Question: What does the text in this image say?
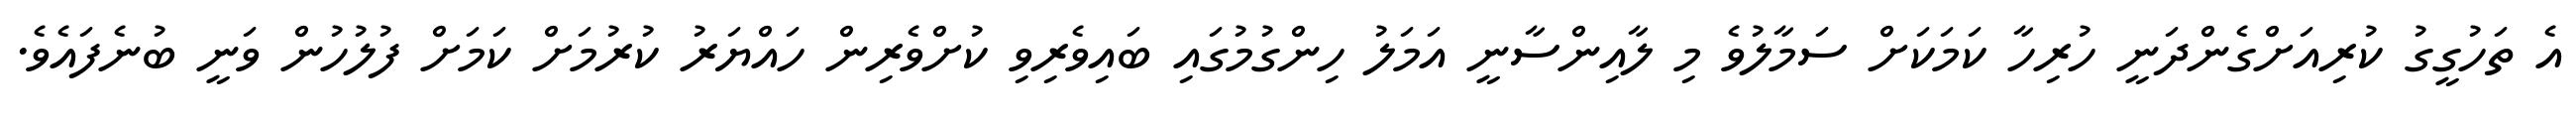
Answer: އެ ތަހުގީގު ކުރިއަށްގެންދަނީ ހުރިހާ ކަމަކަށް ސަމާލުވެ މި ލާއިންސާނީ އަމަލު ހިންގުމުގައި ބައިވެރިވި ކުށްވެރިން ހައްޔަރު ކުރުމަށް ކަމަށް ފުލުހުން ވަނީ ބުނެފައެވެ.